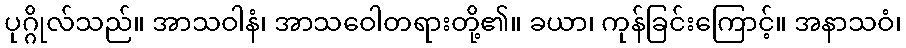
ပုဂ္ဂိုလ်သည်။ အာသဝါနံ၊ အာသဝေါတရားတို့၏။ ခယာ၊ ကုန်ခြင်းကြောင့်။ အနာသဝံ၊